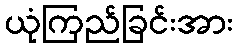
ယုံကြည်ခြင်းအား